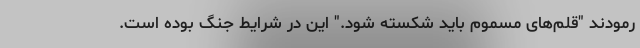
رمودند "قلم‌های مسموم باید شکسته شود." این در شرایط جنگ بوده است.